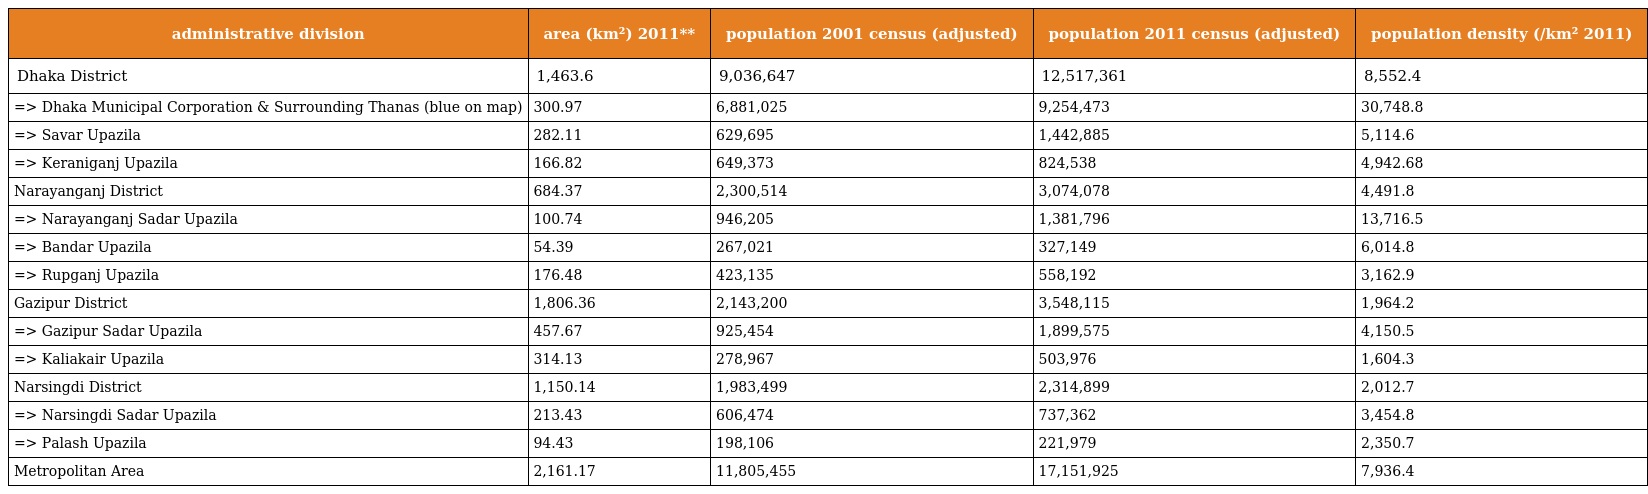
| administrative division | area (km²) 2011** | population 2001 census (adjusted) | population 2011 census (adjusted) | population density (/km² 2011) |
 | --- | --- | --- | --- | --- |
 | Dhaka District | 1,463.6 | 9,036,647 | 12,517,361 | 8,552.4 |
 | => Dhaka Municipal Corporation & Surrounding Thanas (blue on map) | 300.97 | 6,881,025 | 9,254,473 | 30,748.8 |
 | => Savar Upazila | 282.11 | 629,695 | 1,442,885 | 5,114.6 |
 | => Keraniganj Upazila | 166.82 | 649,373 | 824,538 | 4,942.68 |
 | Narayanganj District | 684.37 | 2,300,514 | 3,074,078 | 4,491.8 |
 | => Narayanganj Sadar Upazila | 100.74 | 946,205 | 1,381,796 | 13,716.5 |
 | => Bandar Upazila | 54.39 | 267,021 | 327,149 | 6,014.8 |
 | => Rupganj Upazila | 176.48 | 423,135 | 558,192 | 3,162.9 |
 | Gazipur District | 1,806.36 | 2,143,200 | 3,548,115 | 1,964.2 |
 | => Gazipur Sadar Upazila | 457.67 | 925,454 | 1,899,575 | 4,150.5 |
 | => Kaliakair Upazila | 314.13 | 278,967 | 503,976 | 1,604.3 |
 | Narsingdi District | 1,150.14 | 1,983,499 | 2,314,899 | 2,012.7 |
 | => Narsingdi Sadar Upazila | 213.43 | 606,474 | 737,362 | 3,454.8 |
 | => Palash Upazila | 94.43 | 198,106 | 221,979 | 2,350.7 |
 | Metropolitan Area | 2,161.17 | 11,805,455 | 17,151,925 | 7,936.4 |